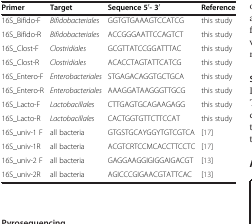
<table><thead><tr><td><b>Primer</b></td><td><b>Target</b></td><td><b>Sequence 5 <sup>′</sup>- 3<sup>′</sup></b></td><td><b>Reference</b></td></tr></thead><tbody><tr><td>16S_Bifido-F</td><td><i>Bifidobacteriales</i></td><td>GGTGTGAAAGTCCATCG</td><td>this study</td></tr><tr><td>16S_Bifido-R</td><td><i>Bifidobacteriales</i></td><td>ACCGGGAATTCCAGTCT</td><td>this study</td></tr><tr><td>16S_Clost-F</td><td><i>Clostridiales</i></td><td>GCGTTATCCGGATTTAC</td><td>this study</td></tr><tr><td>16S_Clost-R</td><td><i>Clostridiales</i></td><td>ACACCTAGTATTCATCG</td><td>this study</td></tr><tr><td>16S_Entero-F</td><td><i>Enterobacteriales</i></td><td>STGAGACAGGTGCTGCA</td><td>this study</td></tr><tr><td>16S_Entero-R</td><td><i>Enterobacteriales</i></td><td>AAAGGATAAGGGTTGCG</td><td>this study</td></tr><tr><td>16S_Lacto-F</td><td><i>Lactobacillales</i></td><td>CTTGAGTGCAGAAGAGG</td><td>this study</td></tr><tr><td>16S_Lacto-R</td><td><i>Lactobacillales</i></td><td>CACTGGTGTTCTTCCAT</td><td>this study</td></tr><tr><td>16S_univ-1 F</td><td>all bacteria</td><td>GTGSTGCAYGGYTGTCGTCA</td><td>[17]</td></tr><tr><td>16S_univ-1R</td><td>all bacteria</td><td>ACGTCRTCCMCACCTTCCTC</td><td>[17]</td></tr><tr><td>16S_univ-2 F</td><td>all bacteria</td><td>GAGGAAGGIGIGGAIGACGT</td><td>[13]</td></tr><tr><td>16S_univ-2R</td><td>all bacteria</td><td>AGICCCGIGAACGTATTCAC</td><td>[13]</td></tr></tbody></table>